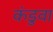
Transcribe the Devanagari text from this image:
कंडुवा